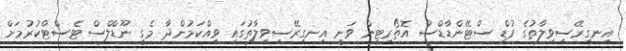
އިނގިރޭސިވިލާތުގެ ފުޑް ސްޓޭންޑާޑްސް އޮތޯރިޓީން ވަނީ އިނގިރޭސިވިލާތުގައި ވިއްކަމުންދާ މެގީ ނޫޑްލްސް ޓެސްޓްކުރުމަށް